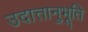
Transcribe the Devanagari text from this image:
उदात्तानुभूति